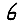
Digit: 6